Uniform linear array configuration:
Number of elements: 12
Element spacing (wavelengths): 0.5
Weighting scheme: hann
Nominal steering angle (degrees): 60
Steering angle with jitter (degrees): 59.134
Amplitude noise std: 0.05
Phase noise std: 0.05

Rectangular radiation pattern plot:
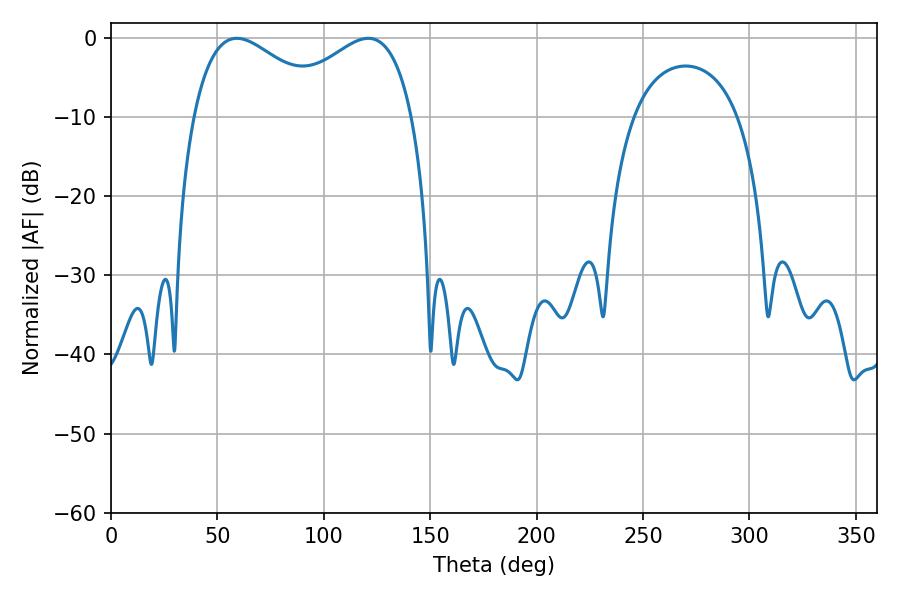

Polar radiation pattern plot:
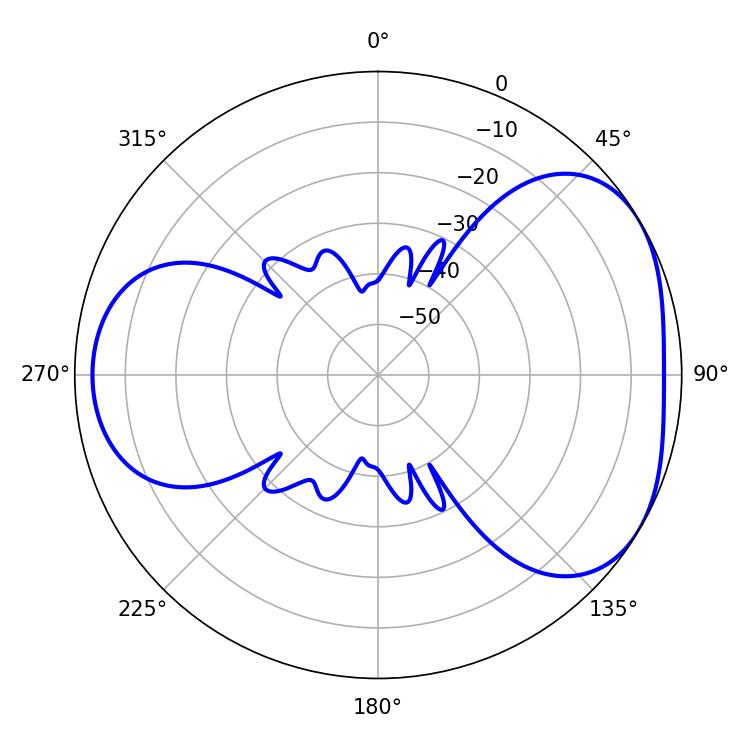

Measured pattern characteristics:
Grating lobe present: FALSE
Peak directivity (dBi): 4.179
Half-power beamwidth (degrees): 35.1
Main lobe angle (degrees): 59.04